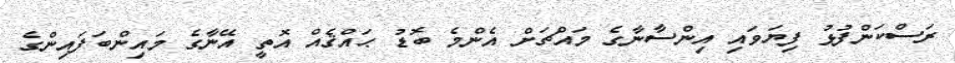
ރަސްކަންފުޅު ފިޔަވައި އިންސާނާގެ މައްޗަށް އެންމެ ބޮޑު ޙައްޤެއް އޮތީ އޭނާގެ މައިންބަފައިންގެ